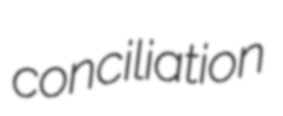
conciliation